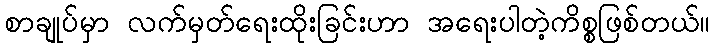
စာချုပ်မှာ လက်မှတ်ရေးထိုးခြင်းဟာ အရေးပါတဲ့ကိစ္စဖြစ်တယ်။